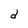
Character: O